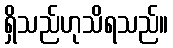
ရှိသည်ဟုသိရသည်။